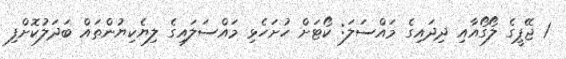
1 ޖޭޕީގެ ލޯގޯއާއި ދިދައިގެ މައްސަލަ: ކޯޓަށް ހުށަހެޅި މައްސަލައިގެ ލިޔެކިޔުންތައް ބަދަލުކޮށްފި